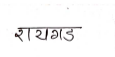
मजकूर: रायगड